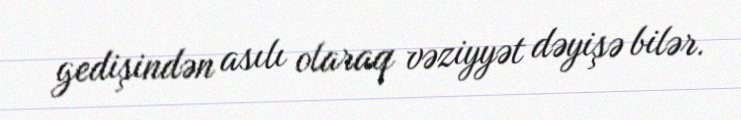
gedişindən asılı olaraq vəziyyət dəyişə bilər.